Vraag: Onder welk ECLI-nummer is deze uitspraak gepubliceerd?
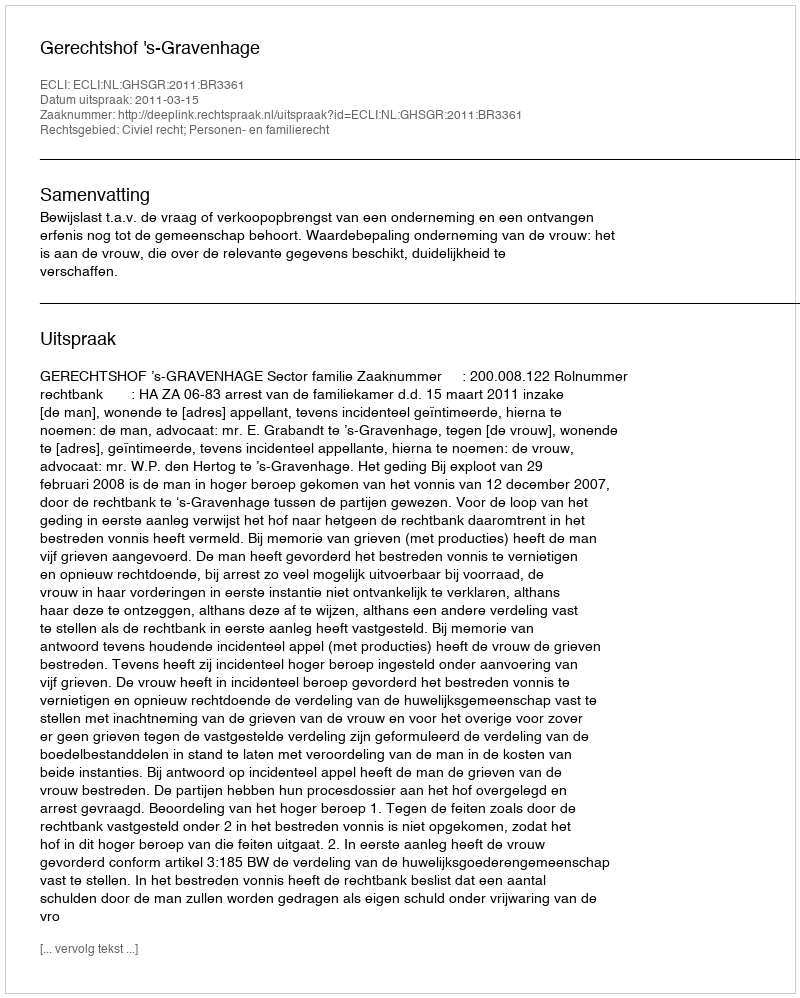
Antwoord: ECLI:NL:GHSGR:2011:BR3361